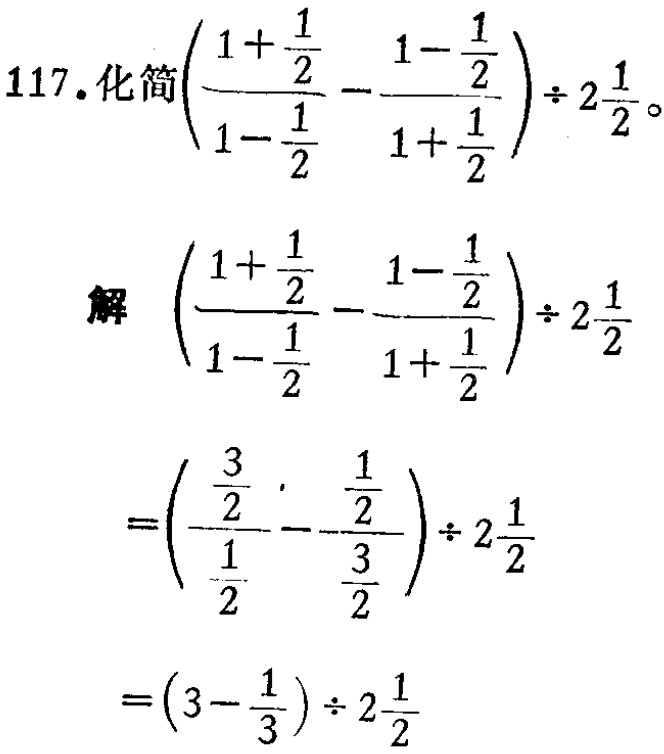
\(117. \text{化简}\left(\frac{1 + \frac{1}{2}}{1 - \frac{1}{2}} - \frac{1 - \frac{1}{2}}{1 + \frac{1}{2}}\right) \div 2\frac{1}{2}。\)

\(\text{解 } \left(\frac{1 + \frac{1}{2}}{1 - \frac{1}{2}} - \frac{1 - \frac{1}{2}}{1 + \frac{1}{2}}\right) \div 2\frac{1}{2}\)

\(=\left(\frac{\frac{3}{2}}{\frac{1}{2}} - \frac{\frac{1}{2}}{\frac{3}{2}}\right) \div 2\frac{1}{2}\)

\(=\left(3 - \frac{1}{3}\right) \div 2\frac{1}{2}\)